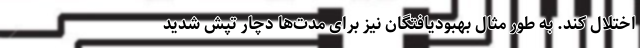
اختلال کند. به طور مثال بهبودیافتگان نیز برای مدت‌ها دچار تپش شدید